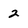
Character: 2